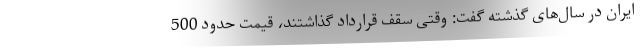
ایران در سال‌های گذشته گفت: وقتی سقف قرارداد گذاشتند، قیمت حدود 500